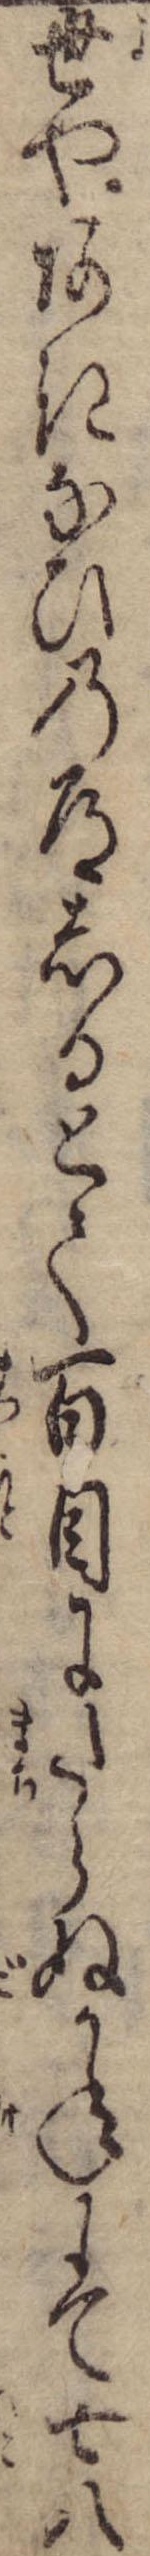
世やあきなひの道しるとて百目にたらぬかねにて七八